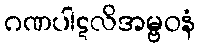
ဂဏပါဋလိအမ္ဗဝနံ